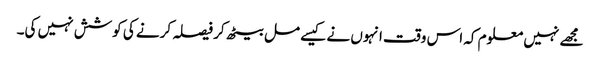
مجھے نہیں معلوم کہ اس وقت انہوں نے کیسے مل بیٹھ کر فیصلہ کرنے کی کوشش نہیں کی۔